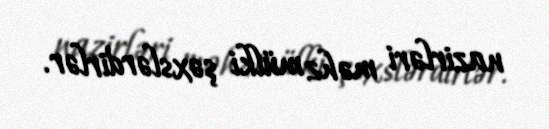
nazirləri məhz mülki şəxslərdirlər.